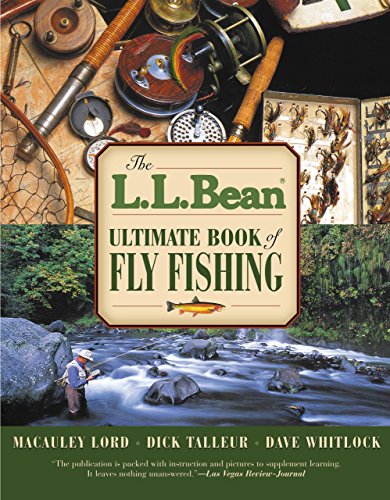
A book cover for L.L. Bean Ultimate Book of Fly Fishing; Macauley Lord; Sports & Outdoors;